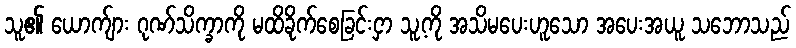
သူ၏ ယောက်ျား ဂုဏ်သိက္ခာကို မထိခိုက်စေခြင်းငှာ သူ့ကို အသိမပေးဟူသော အပေးအယူ သဘောသည်